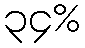
၃၄%